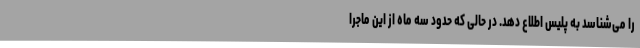
را می‌شناسد به پلیس اطلاع دهد. در حالی که حدود سه ماه از این ماجرا